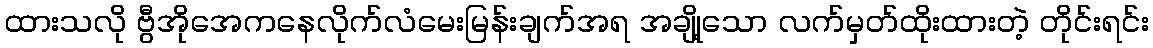
ထားသလို ဗွီအိုအေကနေလိုက်လံမေးမြန်းချက်အရ အချို့သော လက်မှတ်ထိုးထားတဲ့ တိုင်းရင်း